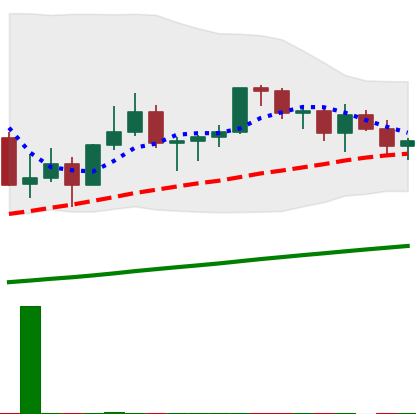
Ticker: LINK-USD
Chart end date: 2021-03-16
Forward return: 4.855%
Label: up_3_5